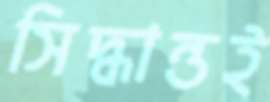
সিদ্ধান্তই